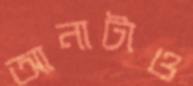
আনাটাও